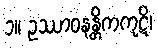
၁။ ဥဿာဝနန္တိကကုဋိ၊